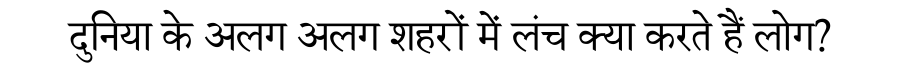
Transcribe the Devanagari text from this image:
दुनिया के अलग अलग शहरों में लंच क्या करते हैं लोग?